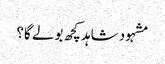
مشہود شاہد کچھ بولے گا؟